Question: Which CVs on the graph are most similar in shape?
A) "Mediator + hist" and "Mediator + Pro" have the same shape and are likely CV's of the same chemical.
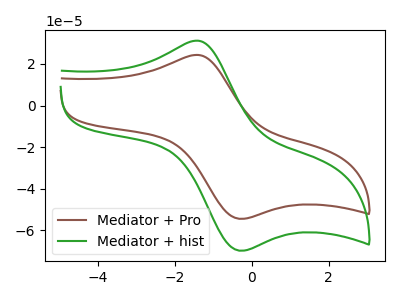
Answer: <think>The brown curve "Mediator + Pro" has an anodic peak at (-1.45V, 24.35uA) and a cathodic peak at (-0.25V, -54.45uA). The green curve "Mediator + hist" has an anodic peak at (-1.45V, 31.20uA) and a cathodic peak at (-0.25V, -69.80uA).
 All the peaks in "Mediator + Pro" have a peak in "Mediator + hist" at the same potential. Every peak in "Mediator + Pro" is lower than every peak in "Mediator + hist".</think>
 <answer>A) "Mediator + hist" and "Mediator + Pro" have the same shape and are likely CV's of the same chemical.</answer>
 <eval>A</eval>